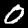
Digit: 0